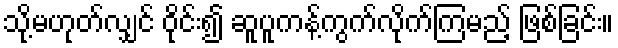
သို့မဟုတ်လျှင် ဝိုင်း၍ ဆူပူကန့်ကွက်လိုက်ကြမည့် ဖြစ်ခြင်း။